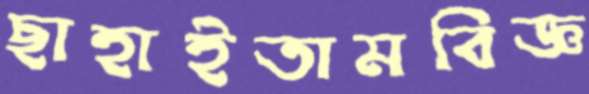
ছাহাইতামবিজ্ঞ